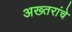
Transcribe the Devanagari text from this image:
अख्तरांचे